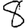
Digit: 8